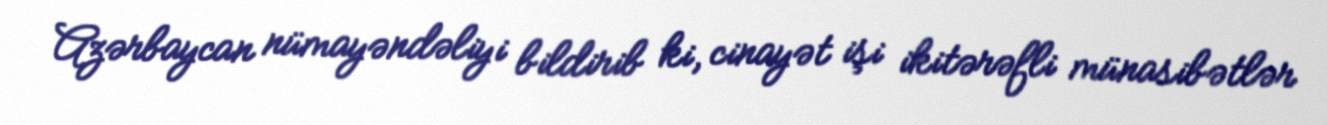
Azərbaycan nümayəndəliyi bildirib ki, cinayət işi ikitərəfli münasibətlər